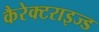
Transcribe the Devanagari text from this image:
कैरेक्टराइज्ड